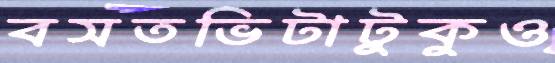
বসতভিটাটুকুও